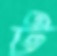
ট